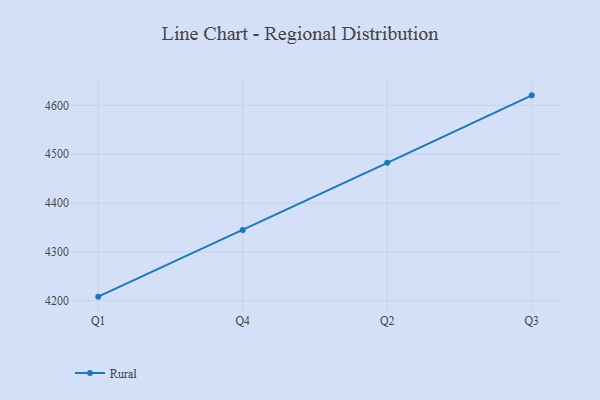
{"axis": {"x": "Quarter", "y": "Gross Profit (USD K)"}, "legend": ["Rural"], "data": [{"x": "Q1", "y": 4208.5, "type": "Rural"}, {"x": "Q4", "y": 4345.1, "type": "Rural"}, {"x": "Q2", "y": 4482.3, "type": "Rural"}, {"x": "Q3", "y": 4620.5, "type": "Rural"}]}